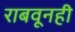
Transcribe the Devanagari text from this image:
राबवूनही